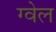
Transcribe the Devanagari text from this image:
ग्वेल